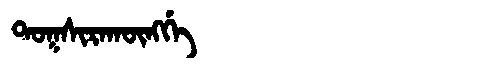
Manchu: ᡨᠣᡴᠰᡳᡵᠠᡴᡡᠩᡤᡝ
Romanization: TOKSIRAKŪNGGE